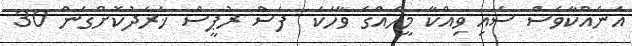
އަނެއްކާވެސް ސައި ވިއްކާ މީހެއްގެ ވާހަކަ  ފަސް ރުޕީސް ޚަރަދުކޮށްގެން 30